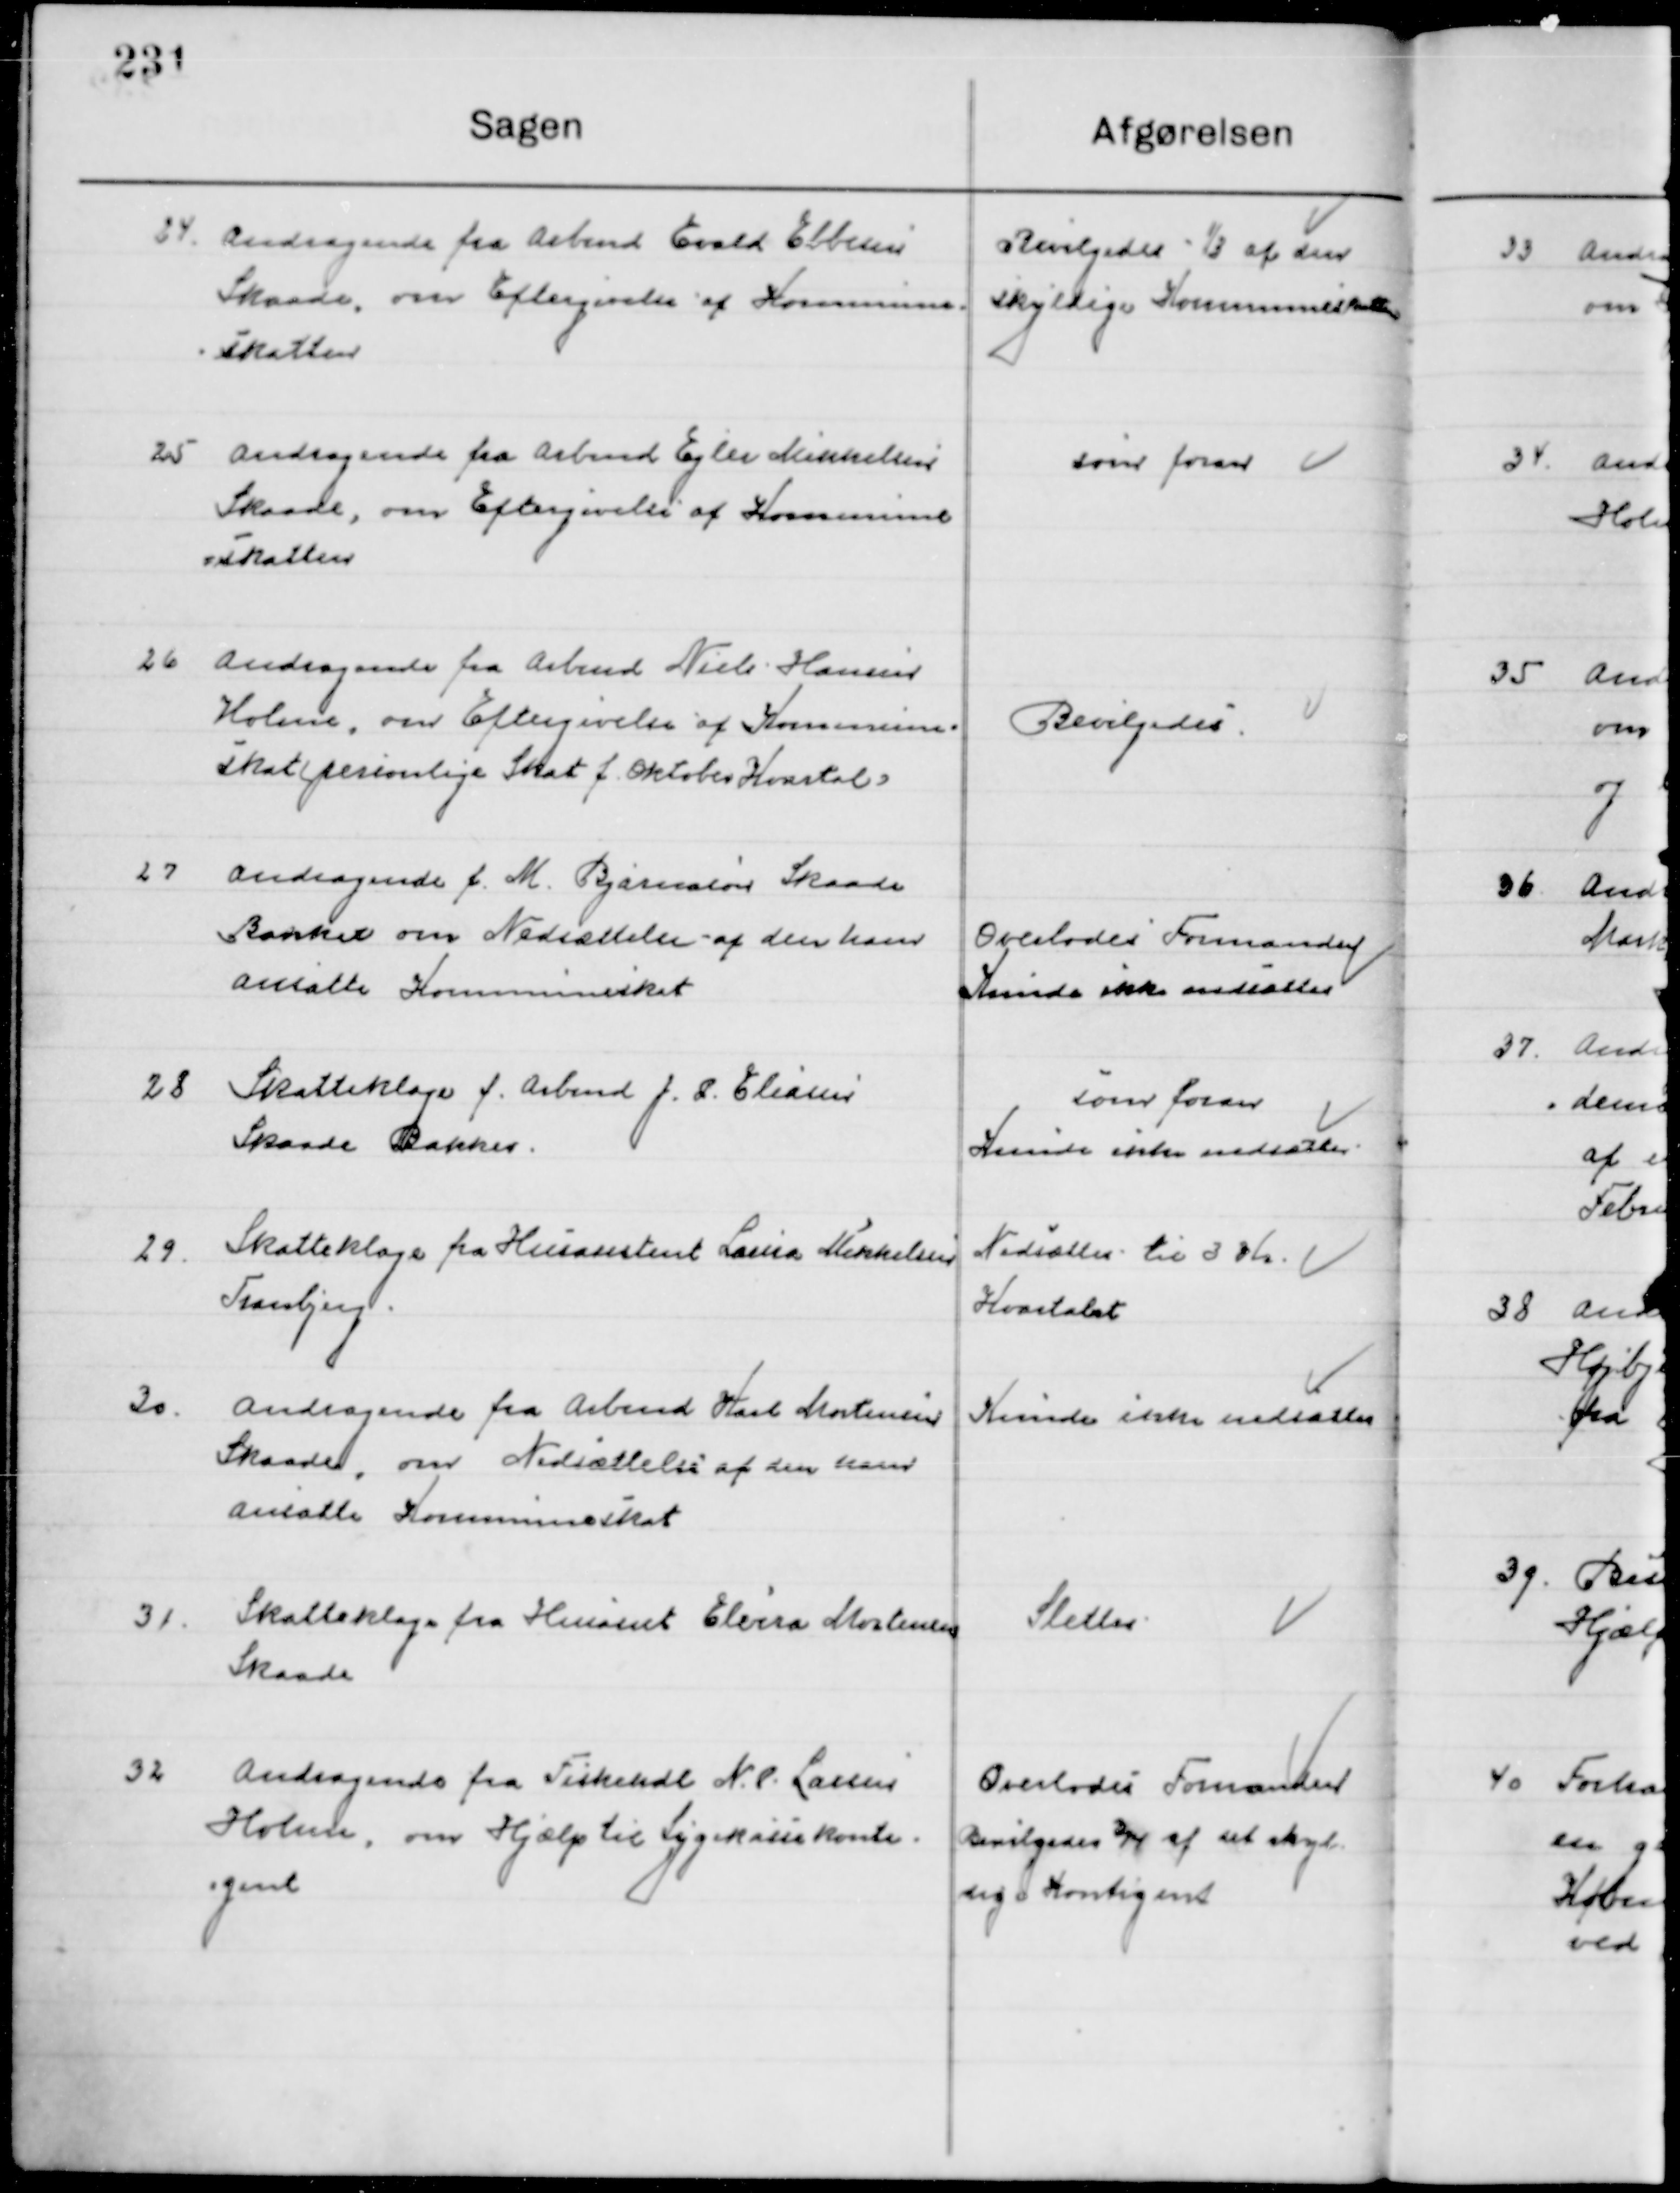
Transskription:
24

Andragende fra Arbmd. Evald Ebbesen
Skaade, om Eftergivelse af Kommune- 
skatten

Bevilgedes 1/3 af den
Skyldige Kommuneskat

25

Andragende fra Ejler Mikkelsen
Skaade, om Eftergivelse af Kommu-
neskatten

Som foran

26

Andragende fra Arbmd. Niels Hansen
Holme, om Eftergivelse af Kommune-
skat personlige Skat f. Oktober Kvartal.

Bevilgedes

27

Andragende f. M. Bjarnesen Skaade
Bakker om Nedsættelse af den ham
ansatte Kommuneskat.

Overlodes Formanden
Kunde ikke nedsættes

28

Skatteklage fra Arbmd. J. P. Eliasen 
Skaade Bakker

Som foran
Kunde ikke nedsættes

29

Skatteklage fra Husassistent Laura Mikkelsen
Tranbjerg.

Nedsættes til 3 Kr.
Kvartalet

30

Andragende fra Arbmd. Karl Mortensen
Skaade, om Nedsættelse af den ham
ansatte Kommuneskat.

Kunde ikke nedsættes

31

Skatteklage fra Husassistent Elvira Mortensen
Skaade

Slettes

32

Andragende fra Fiskehdl. Nr. 8. Larsen
Holme, om Hjælp til Sygekassekontin-
gent

Overlodes Formanden
Bevilgedes 3/4 af den
Skyldige Kontingent